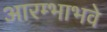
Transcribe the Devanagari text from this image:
आरम्भाभवे